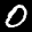
Label: 0